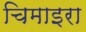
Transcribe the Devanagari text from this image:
चिमाइरा